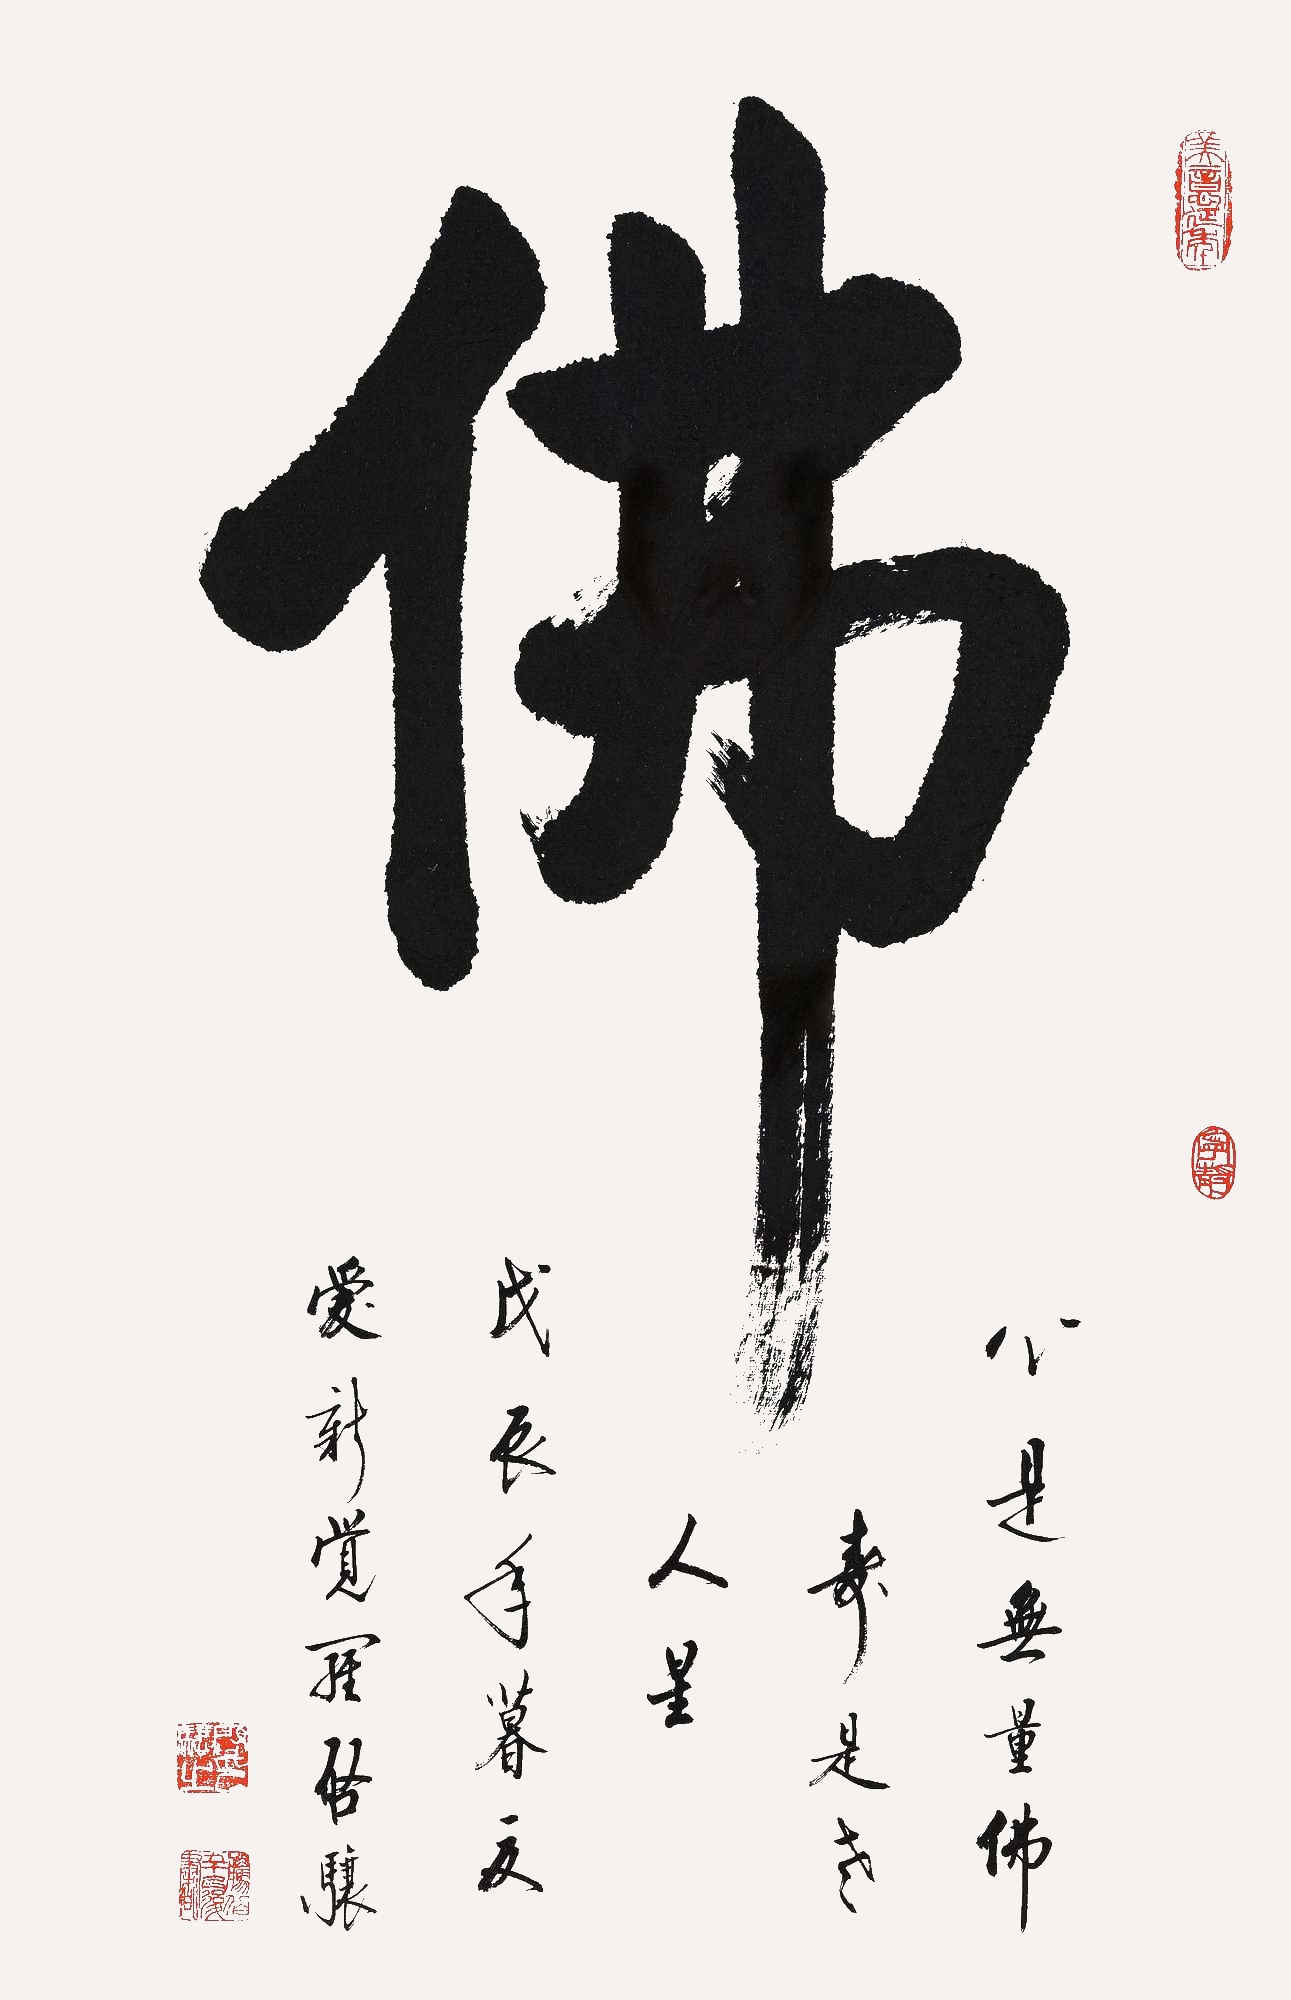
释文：心是无量佛，寿是老人星。戊辰年暮夏，爱新觉罗·启骧。